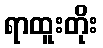
ရာထူးတိုး